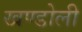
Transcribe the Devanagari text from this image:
खण्डोली